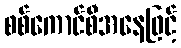
စစ်ကောင်စီအနေဖြင့်